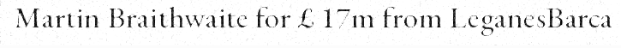
Martin Braithwaite for £ 17m from LeganesBarca